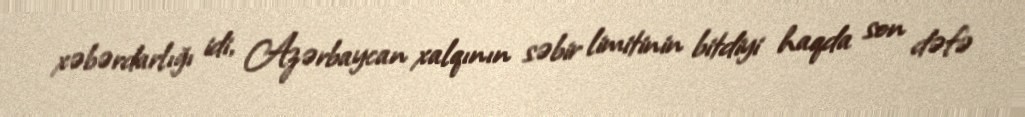
xəbərdarlığı idi, Azərbaycan xalqının səbir limitinin bitdiyi haqda son dəfə